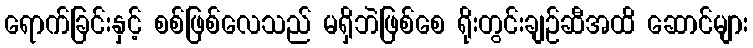
ရောက်ခြင်းနှင့် စစ်ဖြစ်လေသည် မရှိဘဲဖြစ်စေ ရိုးတွင်းချဉ်ဆီအထိ ဆောင်များ